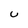
Character: u